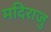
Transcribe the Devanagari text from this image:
मदिराजु